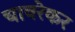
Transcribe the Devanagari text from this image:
चावरेकर